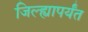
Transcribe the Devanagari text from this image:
जिल्ह्यापर्यंत